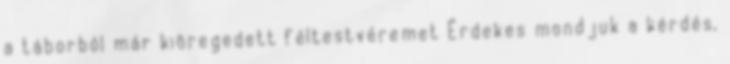
a táborból már kiöregedett féltestvéremet Érdekes mondjuk a kérdés,